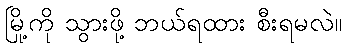
မြို့ကို သွားဖို့ ဘယ်ရထား စီးရမလဲ။